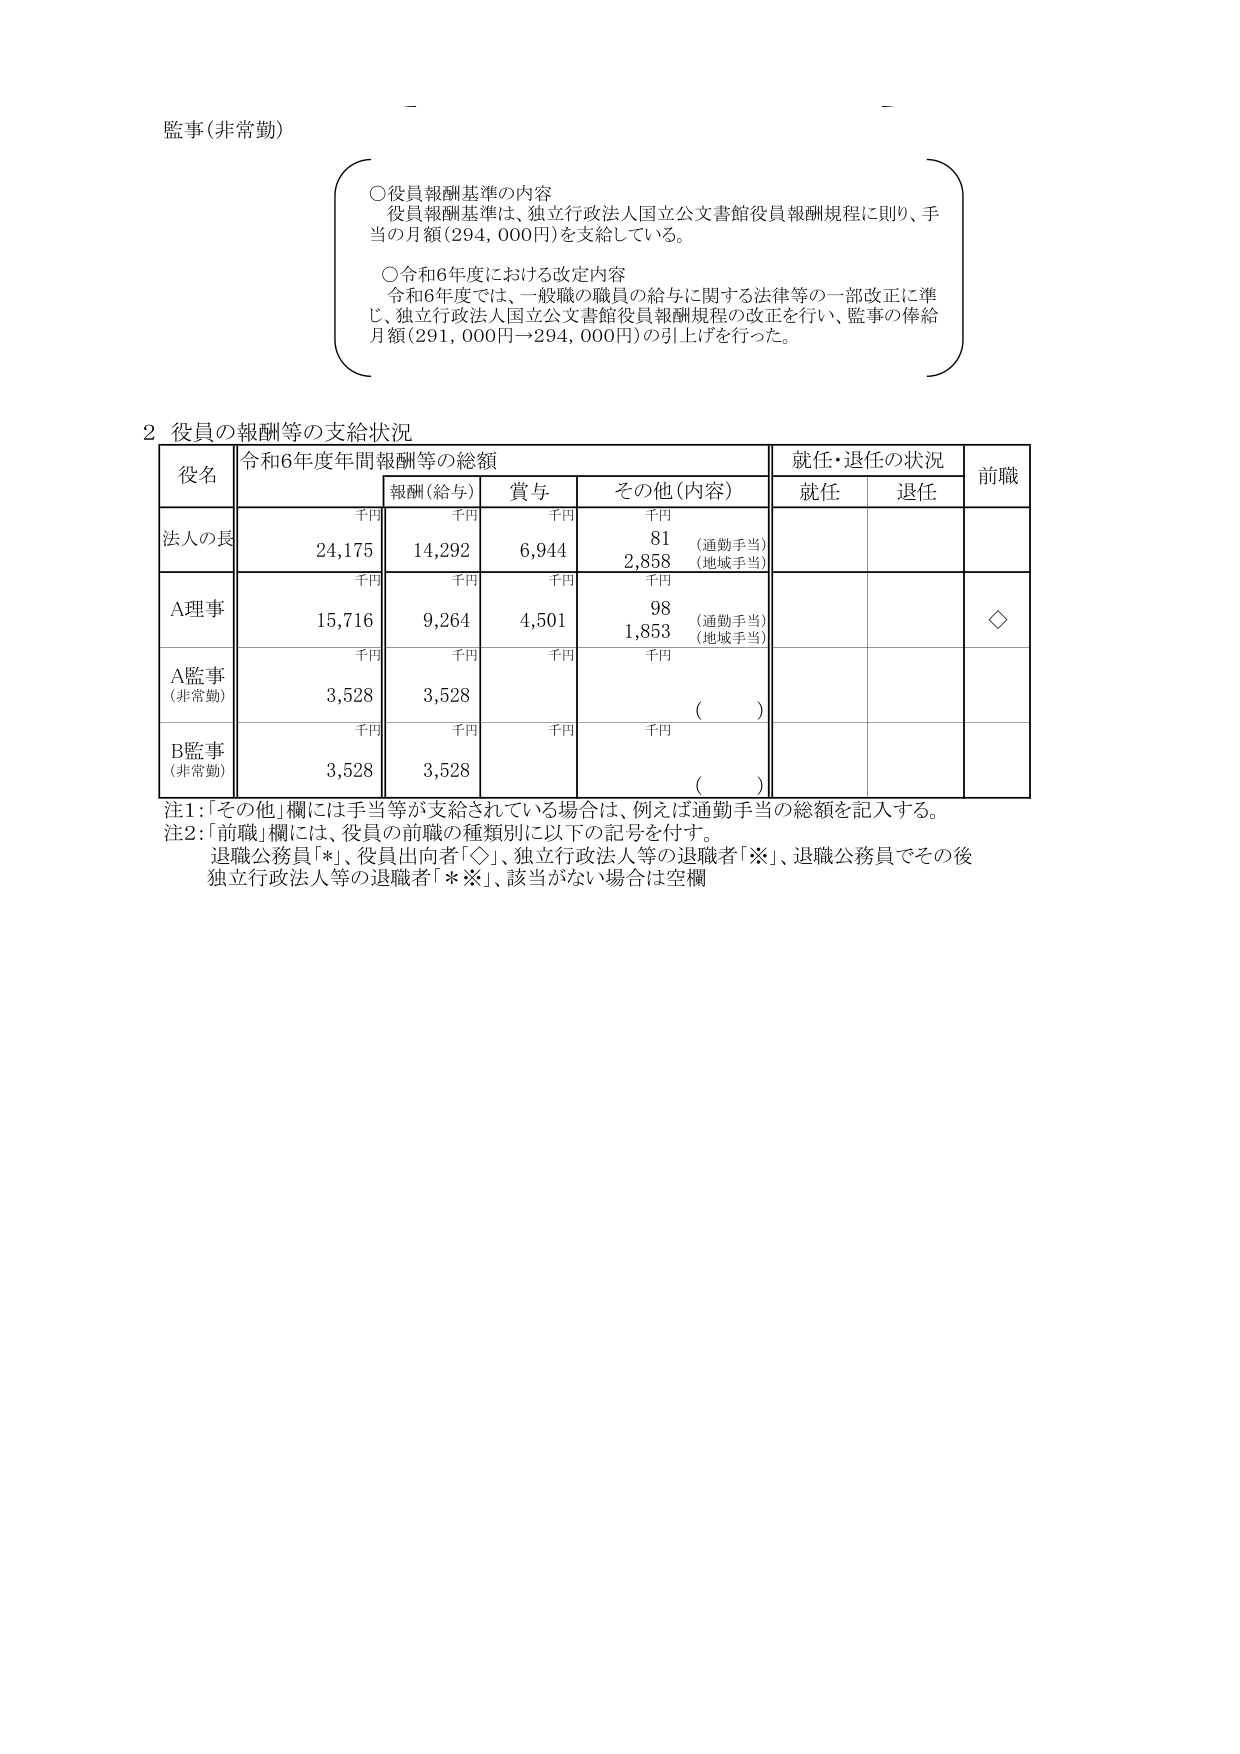
監事(非常勤)

○役員報酬基準の内容
役員報酬基準は、独立行政法人国立公文書館役員報酬規程に則り、手当の月額(294,000円)を支給している。

○令和6年度における改定内容
令和6年度では、一般職の職員の給与に関する法律等の一部改正に準じ、独立行政法人国立公文書館役員報酬規程の改正を行い、監事の俸給月額(291,000円→294,000円)の引上げを行った。

2 役員の報酬等の支給状況

| 役名 | 令和6年度年間報酬等の総額 | 就任・退任の状況 | 前職 |
|------|--------------------------|------------------|------|
|      | 千円                     | 報酬(給与) 千円 | 賞与 千円 | その他(内容) 千円 | 就任 | 退任 |      |
| 法人の長 | 24,175 | 14,292 | 6,944 | 81 (通勤手当) 2,858 (地域手当) |      |      |      |
| A理事 | 15,716 | 9,264 | 4,501 | 98 (通勤手当) 1,853 (地域手当) |      |      | ◇ |
| A監事 (非常勤) | 3,528 | 3,528 |      | ( ) |      |      |      |
| B監事 (非常勤) | 3,528 | 3,528 |      | ( ) |      |      |      |

注1:「その他」欄には手当等が支給されている場合は、例えば通勤手当の総額を記入する。
注2:「前職」欄には、役員の前職の種類別に以下の記号を付す。
退職公務員「*」、役員出向者「◇」、独立行政法人等の退職者「※」、退職公務員でその後独立行政法人等の退職者「**」、該当がない場合は空欄